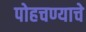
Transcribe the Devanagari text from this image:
पोहचण्याचे